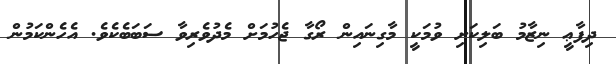
ދިފާޢީ ނިޒާމު ބަލިކަށި ވުމަކީ މާގިނައިން ރޯގާ ޖެހުމަށް މެދުވެރިވާ ސަބަބެކެވެ. އެހެންކަމުން